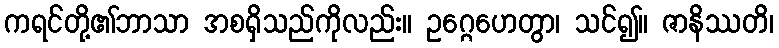
ကရင်တို့၏ဘာသာ အစရှိသည်ကိုလည်း။ ဥဂ္ဂေဟေတွာ၊ သင်၍။ ဇာနိဿတိ၊